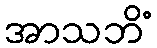
အာသဘိံ